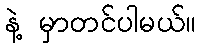
နဲ့ မှာတင်ပါမယ်။